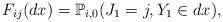
LaTeX: \begin{align*}F_{ij}(dx)=\mathbb{P}_{i,0}(J_1=j,Y_1\in{dx}),\end{align*}